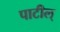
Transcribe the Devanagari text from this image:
पाटील्